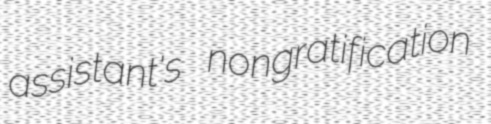
assistant's nongratification